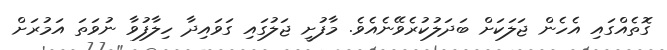
ގޮތެއްގައި އެހެން ޖަލަކަށް ބަދަލުކުރެވޭނެއެވެ. މާފުށީ ޖަލުގައި ގަވައިދާ ހިލާފުވާ ނުވަތަ އަމުރަށް